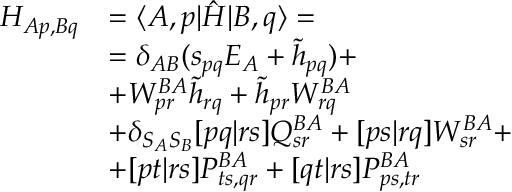
\begin{array} { r l } { H _ { A p , B q } } & { = \langle A , p | \hat { H } | B , q \rangle = } \\ & { = \delta _ { A B } ( s _ { p q } E _ { A } + \tilde { h } _ { p q } ) + } \\ & { + W _ { p r } ^ { B A } \tilde { h } _ { r q } + \tilde { h } _ { p r } W _ { r q } ^ { B A } } \\ & { + \delta _ { S _ { A } S _ { B } } [ p q | r s ] Q _ { s r } ^ { B A } + [ p s | r q ] W _ { s r } ^ { B A } + } \\ & { + [ p t | r s ] P _ { t s , q r } ^ { B A } + [ q t | r s ] P _ { p s , t r } ^ { B A } } \end{array}